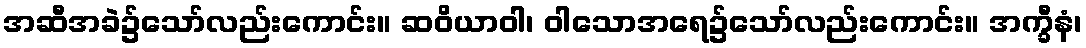
အဆီအခဲ၌သော်လည်းကောင်း။ ဆဝိယာဝါ၊ ဝါသောအရေ၌သော်လည်းကောင်း။ အက္ခီနံ၊